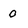
Character: 0